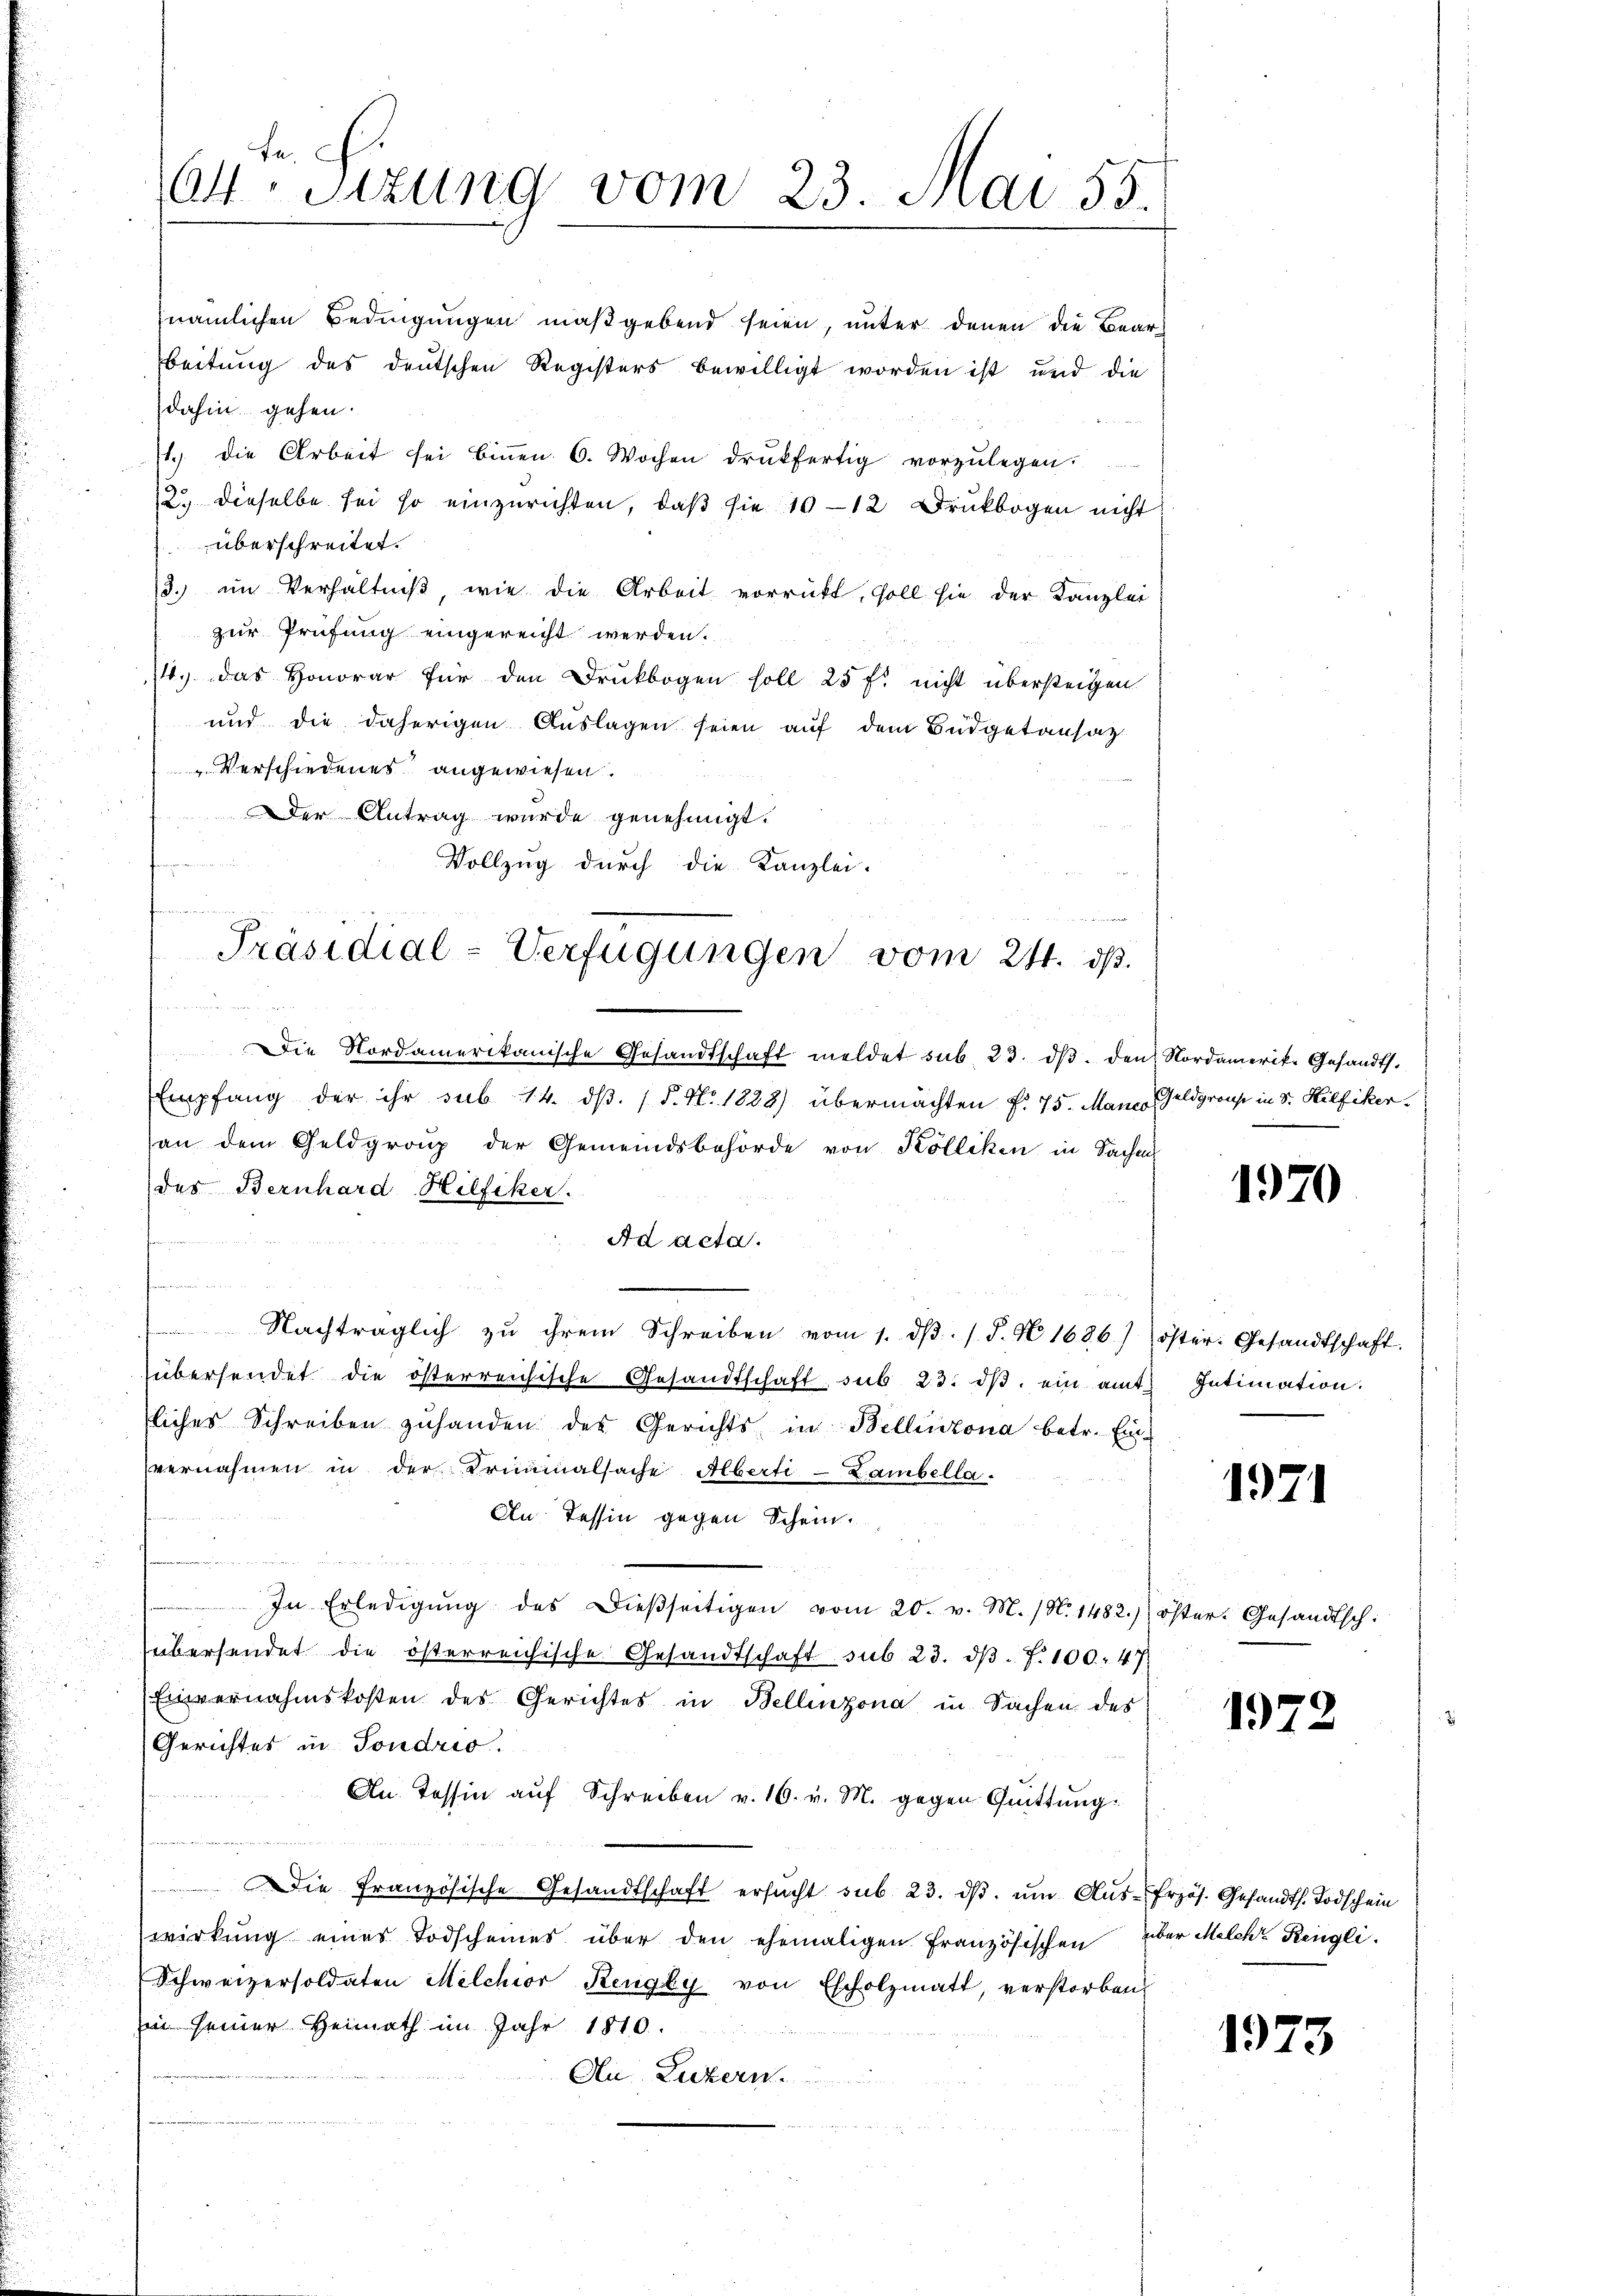
ta¬
Att. Sitzung vom 23. Mai 55.

dahin gehen.
überschreitet.
3. im Verhältniβ, wie die Arbeit vorrückt, soll sie der Kanzlei
zur Prüfung eingereicht werden.
14.) Das Honorar für den Druckbogen soll 25 f. nicht übersteigen
und die daherigen Auslagen seien auf dem Büdgetansatz
 Verschiedenes angewiesen.
Der Antrag wurde genehmigt.
f
Vollzug durch die Kanzlei-

Die Nordamerikanische Gesandtschaft meldet sub. 23. dβ. den Nordamerike Gesandt.
Empfang der ihr sub 14. dβ. / 5. No. 1888) übermachten f. 75. Mann Geldgroup in Sr. Hilfiker.
an dem Geldgrenz der Gemeindsbehörde von Kölliken in Sachen
des Bernhard Hilfiker.
Ad acta.
n
 Nachträglich zŭ ihrem Schreiben vom 1. dβ. / P. N 1686) öster. Gesandtschaft.
übersendet die österreichische Gesandtschaft, sub 23. dβ ein amt Intimation.
licher Schreiben zuhanden des Gerichts in Bellinzona betr. Einvernahmen in der Kriminalsache Aberti-Lambella-
An: Tessin gegen Schein.
In Erledigŭng des Dieβseitigen vom 20. v. M. (N. 1482) öster. Gesandtsch:
übersendet die österreichische Gesandtschaft sub 23. dβ. 7. 100. 47
Einvernahmskosten des Gerichtes in Bellinzona in Sachen des
Gerichtes in Sondrio.
An. Tessin auf Schreiben v. 16. v. M. gegen Quittung
Die Französische Gesandtschaft ersucht sub. 23. dβ. ŭm Aŭs-Erzös. Gesandts. Todschein
wirkung eines Todscheines über den ehemaligen französischen über Melche Rengli
Schweizersoldaten Milchior Reugly von Escholzmatt, verstorben
in seiner Heimath im Jahr 1810.
Ai Luckerm

nämlichen Bedingungen maßgebend seien, unter denen die Beareitung des deutschen Registers bewilligt worden ist und die
1.) die Arbeit sei biṅen 6. Wochen drŭkfertig vorzŭlegen.
2. dieselbe sei so einzurichten, daß sie 10-12 Druckbogen nicht

Präsidial-Verfügungen vom 24. ds.
 von den in eine

1970

1971

19

1973